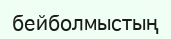
бейболмыстың